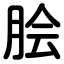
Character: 脍